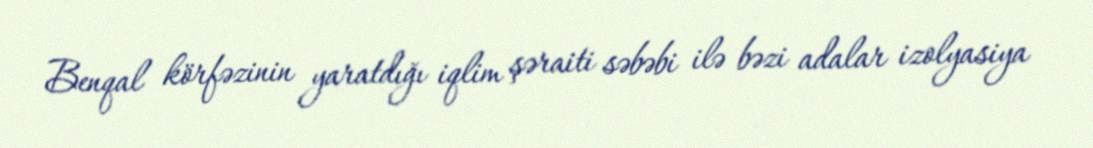
Benqal körfəzinin yaratdığı iqlim şəraiti səbəbi ilə bəzi adalar izolyasiya